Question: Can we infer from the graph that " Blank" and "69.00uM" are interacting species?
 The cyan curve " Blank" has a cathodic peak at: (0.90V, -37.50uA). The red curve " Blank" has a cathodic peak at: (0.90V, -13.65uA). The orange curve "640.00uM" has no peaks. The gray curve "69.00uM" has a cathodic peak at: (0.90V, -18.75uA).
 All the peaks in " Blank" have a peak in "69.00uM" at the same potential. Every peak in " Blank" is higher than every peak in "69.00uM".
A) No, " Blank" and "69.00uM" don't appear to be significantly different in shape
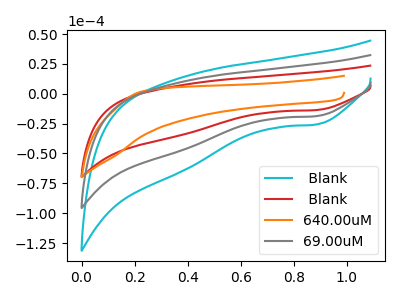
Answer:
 <answer>A) No, " Blank" and "69.00uM" don't appear to be significantly different in shape</answer>
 <eval>A</eval>